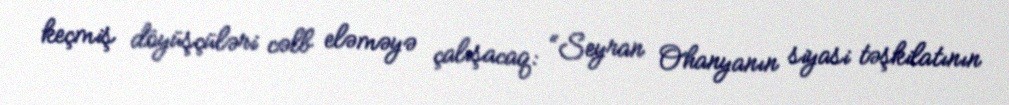
keçmiş döyüşçüləri cəlb eləməyə çalışacaq: “Seyran Ohanyanın siyasi təşkilatının